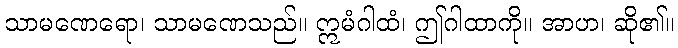
သာမဏေရော၊ သာမဏေသည်။ ဣမံဂါထံ၊ ဤဂါထာကို။ အာဟ၊ ဆို၏။